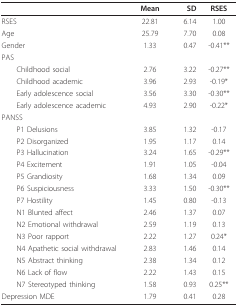
|  | Mean | SD | RSES |
 | --- | --- | --- | --- |
 | RSES | 22.81 | 6.14 | 1.00 |
 | Age | 25.79 | 7.70 | 0.08 |
 | Gender | 1.33 | 0.47 | -0.41** |
 | PAS |  |  |  |
 | Childhood social | 2.76 | 3.22 | -0.27** |
 | Childhood academic | 3.96 | 2.93 | -0.19* |
 | Early adolescence social | 3.56 | 3.30 | -0.30** |
 | Early adolescence academic | 4.93 | 2.90 | -0.22* |
 | PANSS |  |  |  |
 | P1 Delusions | 3.85 | 1.32 | -0.17 |
 | P2 Disorganized | 1.95 | 1.17 | 0.14 |
 | P3 Hallucination | 3.24 | 1.65 | -0.29** |
 | P4 Excitement | 1.91 | 1.05 | -0.04 |
 | P5 Grandiosity | 1.68 | 1.34 | 0.09 |
 | P6 Suspiciousness | 3.33 | 1.50 | -0.30** |
 | P7 Hostility | 1.45 | 0.80 | -0.13 |
 | N1 Blunted affect | 2.46 | 1.37 | 0.07 |
 | N2 Emotional withdrawal | 2.59 | 1.19 | 0.13 |
 | N3 Poor rapport | 2.22 | 1.27 | 0.24* |
 | N4 Apathetic social withdrawal | 2.83 | 1.46 | 0.14 |
 | N5 Abstract thinking | 2.38 | 1.34 | 0.12 |
 | N6 Lack of flow | 2.22 | 1.43 | 0.15 |
 | N7 Stereotyped thinking | 1.58 | 0.93 | 0.25** |
 | Depression MDE | 1.79 | 0.41 | 0.28 |